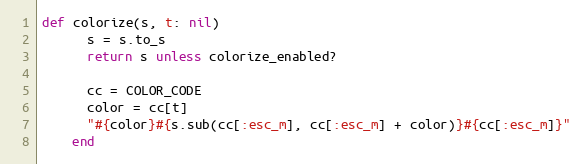
Language: Ruby
def colorize(s, t: nil)
      s = s.to_s
      return s unless colorize_enabled?

      cc = COLOR_CODE
      color = cc[t]
      "#{color}#{s.sub(cc[:esc_m], cc[:esc_m] + color)}#{cc[:esc_m]}"
    end